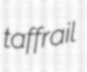
taffrail